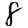
Digit: 8